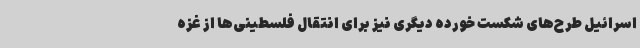
اسرائیل طرح‌های شکست خورده دیگری نیز برای انتقال فلسطینی‌ها از غزه